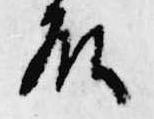
殿